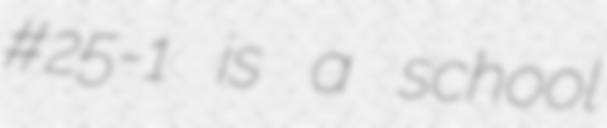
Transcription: #25-1 is a school